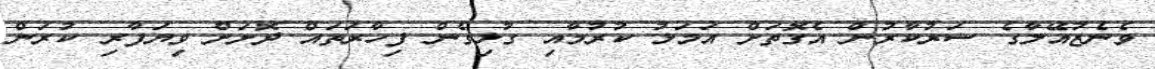
ވެނެޒުއޭލާގެ ސަރުކާރުން އެގޮތަށް އަމަލު ކުރުމާއި ގުޅިގެން ފިހާރަތައް ދޮށަށް ވިޔަފާރި ކުރަން